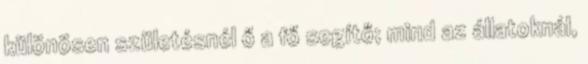
különösen születésnél ő a fő segítő; mind az állatoknál,